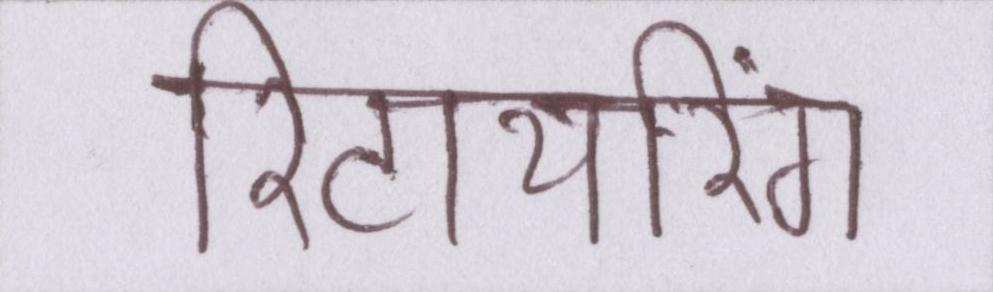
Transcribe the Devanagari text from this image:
रिटायरिंग